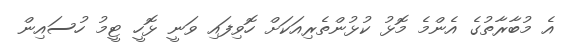
އެ މުބާރާތުގެ އެންމެ މޮޅު ކުޅުންތެރިއަކަށް ހޮވިފައި ވަނީ ޅޮހީ ޓީމު ހުސައިން